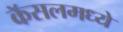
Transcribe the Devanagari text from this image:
कॅसलमध्ये